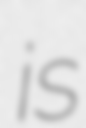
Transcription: is